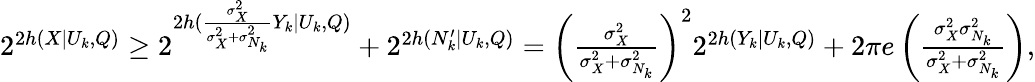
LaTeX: \begin{array}{r}{2^{2h(X|U_{k},Q)}\ge 2^{2h(\frac{\sigma_{X}^{2}}{\sigma_{X}^{2}+\sigma_{N_{k}}^{2}}Y_{k}|U_{k},Q)}+2^{2h(N_{k}^{\prime}|U_{k},Q)}=\left(\frac{\sigma_{X}^{2}}{\sigma_{X}^{2}+\sigma_{N_{k}}^{2}}\right)^{2}2^{2h(Y_{k}|U_{k},Q)}+2\pi e\left(\frac{\sigma_{X}^{2}\sigma_{N_{k}}^{2}}{\sigma_{X}^{2}+\sigma_{N_{k}}^{2}}\right),}\end{array}